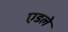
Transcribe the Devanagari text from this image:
एडले